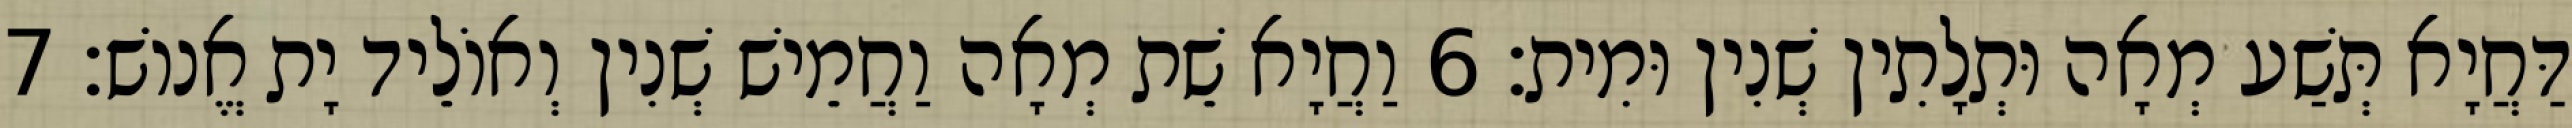
דַּחֲיָא תְּשַׁע מְאָה וּתְלָתִין שְׁנִין וּמִית׃ 6 וַחֲיָא שֵׁת מְאָה וַחֲמֵישׁ שְׁנִין וְאוֹלֵיד יָת אֱנוֹשׁ׃ 7